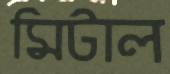
মিটাল